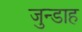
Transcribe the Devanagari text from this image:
जुन्डाह